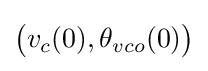
{\big (}v_{c}(0),\theta _{vco}(0){\big )}